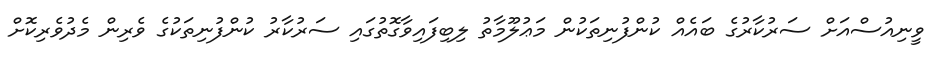
ވީނިއުސްއަށް ސަރުކާރުގެ ބައެއް ކުންފުނިތަކުން މަޢުލޫމާތު ލިބިފައިވާގޮތުގައި ސަރުކާރު ކުންފުނިތަކުގެ ވެރިން މެދުވެރިކޮށް